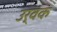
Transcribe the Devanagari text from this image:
उर्वक